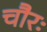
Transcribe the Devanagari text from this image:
चौरः